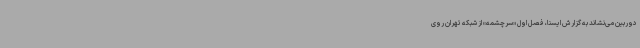
دوربین می‌نشاند به گزارش ایسنا، فصل اول «سرچشمه» از شبکه تهران روی